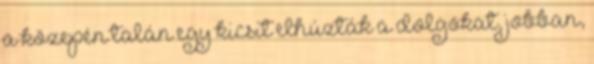
a közepén talán egy kicsit elhúzták a dolgokat, jobban,